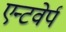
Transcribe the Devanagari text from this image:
एन्टवेर्प